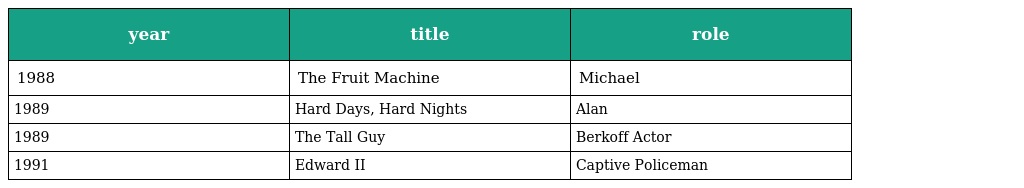
| year | title | role |
 | --- | --- | --- |
 | 1988 | The Fruit Machine | Michael |
 | 1989 | Hard Days, Hard Nights | Alan |
 | 1989 | The Tall Guy | Berkoff Actor |
 | 1991 | Edward II | Captive Policeman |